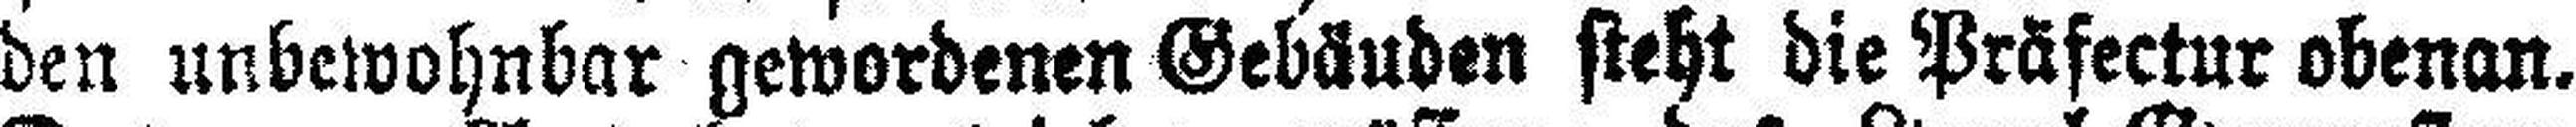
den unbewohnbar gewordenen Gebäuden steht die Präfectur obenan.